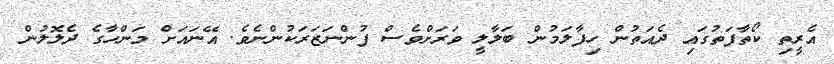
އެރީތި ކޯތާފަތުގައި ދެއަތުން ހިފާލަމުން ބަލާލީ ވަރަށްވެސް ފުންނަޒަރަކުންނެވެ. އޭނައަށް މަންހާގެ ދެލޮލުން